Statistical return of the lunatic asylum in Assam - 1912-1932
Year: 1912
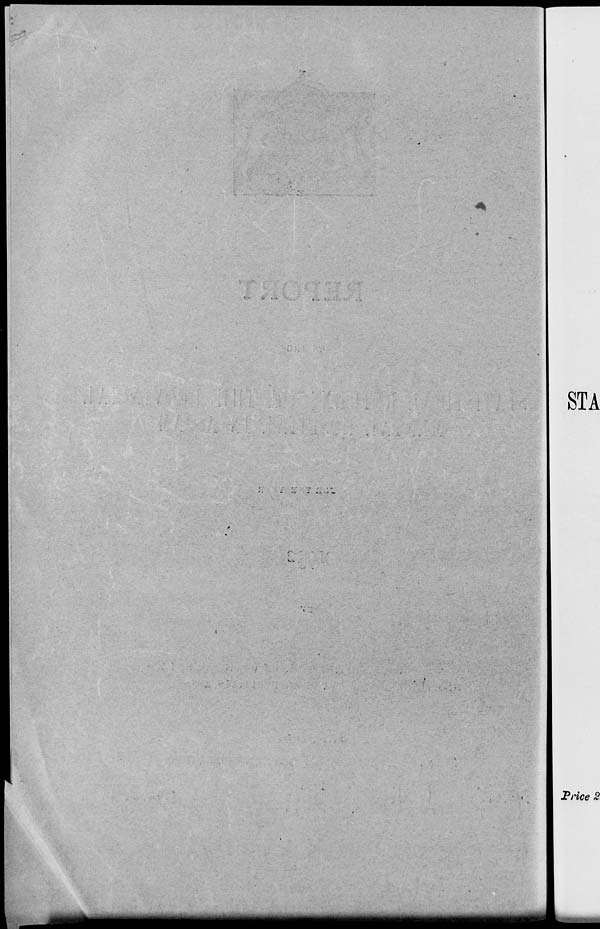
STA
Price 2